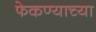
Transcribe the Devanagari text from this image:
फेकण्याच्या